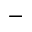
^ -